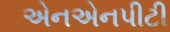
એનએનપીટી